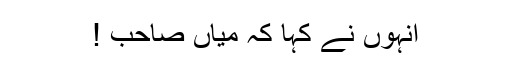
انہوں نے کہا کہ میاں صاحب !